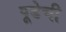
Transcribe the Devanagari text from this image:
पूडेची